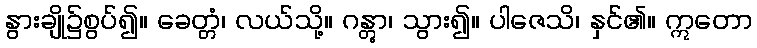
နွားချို၌စွပ်၍။ ခေတ္တံ၊ လယ်သို့။ ဂန္တွာ၊ သွား၍။ ပါဇေသိ၊ နှင်၏။ ဣတော